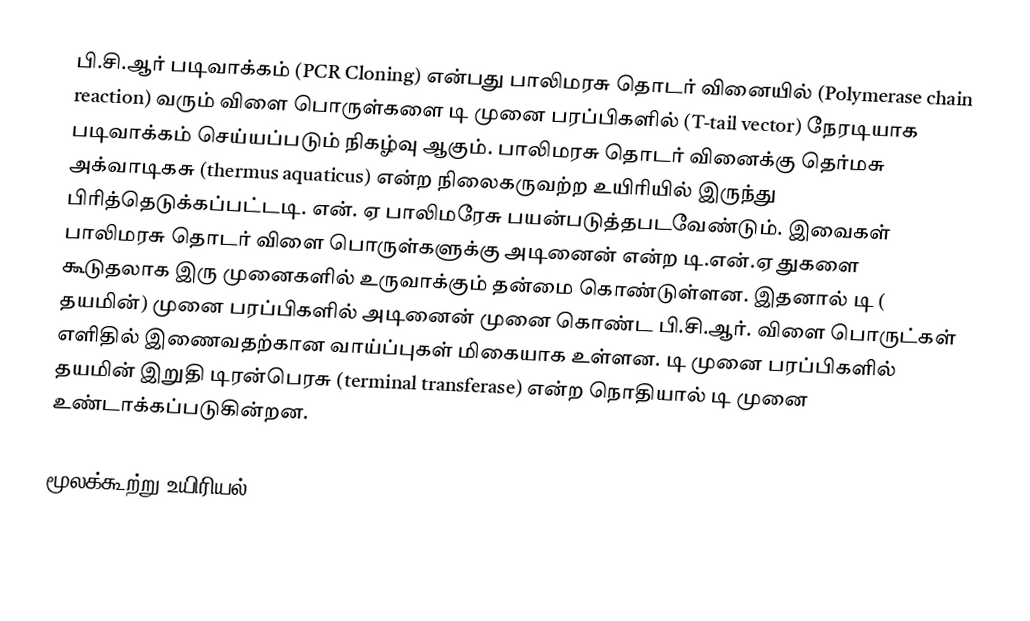
பி.சி.ஆர் படிவாக்கம் (PCR Cloning) என்பது பாலிமரசு தொடர் வினையில் (Polymerase chain reaction) வரும் விளை பொருள்களை டி முனை பரப்பிகளில் (T-tail vector) நேரடியாக படிவாக்கம் செய்யப்படும் நிகழ்வு ஆகும். பாலிமரசு தொடர் வினைக்கு தெர்மசு அக்வாடிகசு (thermus aquaticus) என்ற நிலைகருவற்ற உயிரியில் இருந்து பிரித்தெடுக்கப்பட்டடி. என். ஏ பாலிமரேசு பயன்படுத்தபடவேண்டும். இவைகள் பாலிமரசு தொடர் விளை பொருள்களுக்கு அடினைன் என்ற டி.என்.ஏ துகளை கூடுதலாக இரு முனைகளில் உருவாக்கும் தன்மை கொண்டுள்ளன. இதனால் டி ( தயமின்) முனை பரப்பிகளில் அடினைன் முனை கொண்ட பி.சி.ஆர். விளை பொருட்கள் எளிதில் இணைவதற்கான வாய்ப்புகள் மிகையாக உள்ளன. டி முனை பரப்பிகளில்  தயமின் இறுதி டிரன்பெரசு (terminal transferase) என்ற நொதியால் டி முனை உண்டாக்கப்படுகின்றன.

மூலக்கூற்று உயிரியல்